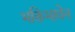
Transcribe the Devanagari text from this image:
भक्तिभावेन